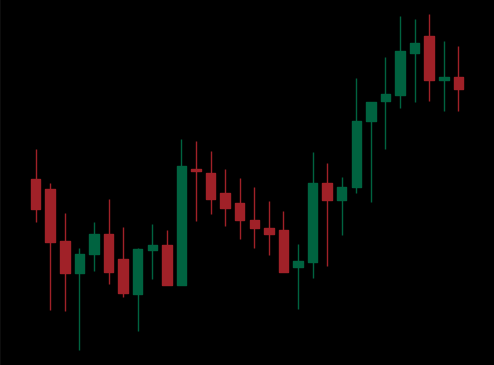
Pattern: unclassified